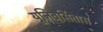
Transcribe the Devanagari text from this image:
यूनिवर्सितास